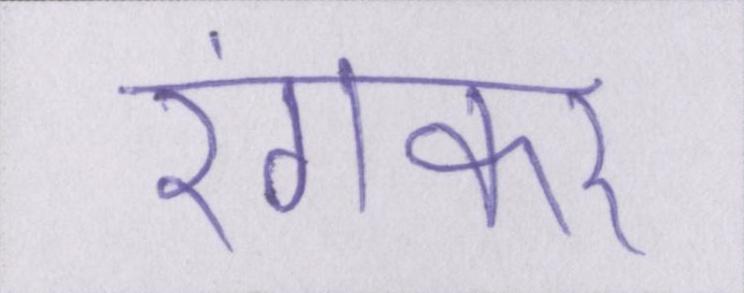
रंगकर